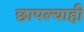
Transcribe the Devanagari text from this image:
छापल्याही